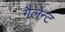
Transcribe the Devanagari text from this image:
गैलेन्ट